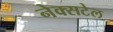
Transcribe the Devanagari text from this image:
नेक्सटेल